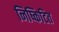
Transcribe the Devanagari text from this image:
निष्किटित